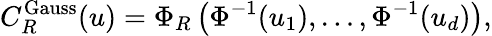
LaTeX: C_{R}^{\mathrm{Gauss}}(u)=\Phi_{R}\left(\Phi^{-1}(u_{1}),\dots,\Phi^{-1}(u_{d})\right),